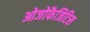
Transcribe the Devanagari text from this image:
ओजोफैजिटिस